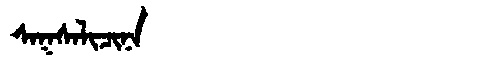
Manchu: ᠰᠠᡴᠰᠠᠯᡳᠴᡳᠨᠠ
Romanization: SAKSALICINA